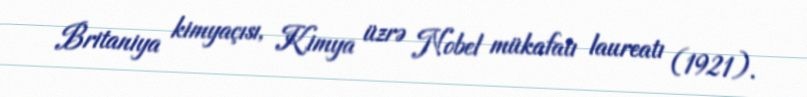
Britaniya kimyaçısı, Kimya üzrə Nobel mükafatı laureatı (1921).